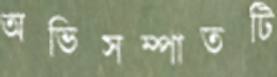
অভিসম্পাতটি